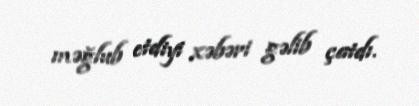
məğlub etdiyi xəbəri gəlib çatdı.